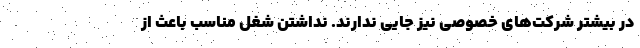
در بیشتر شرکت‌های خصوصی نیز جایی ندارند. نداشتن شغل مناسب باعث از